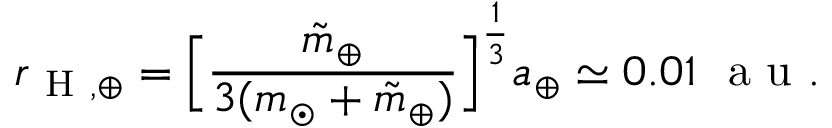
r _ { \mathrm { ~ H ~ } , \oplus } = \Big [ \frac { \tilde { m } _ { \oplus } } { 3 ( m _ { \odot } + \tilde { m } _ { \oplus } ) } \Big ] ^ { \frac { 1 } { 3 } } a _ { \oplus } \simeq 0 . 0 1 ~ \mathrm { ~ a ~ u ~ } .